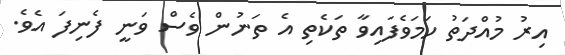
އިރު މުއްދަތު ހަމަވެފައިވާ ތަކެތި އެ ތަނުން ވެސް ވަނީ ފެނިފަ އެވެ.